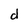
Character: d